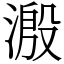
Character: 溵